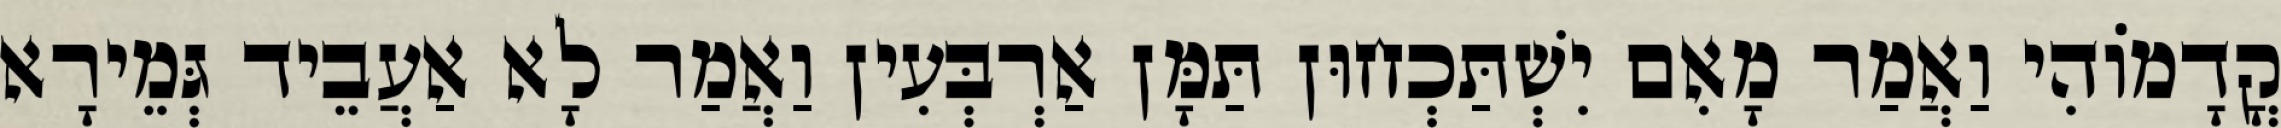
קֳדָמוֹהִי וַאֲמַר מָאִם יִשְׁתַּכְחוּן תַּמָּן אַרְבְּעִין וַאֲמַר לָא אַעֲבֵיד גְּמֵירָא